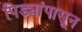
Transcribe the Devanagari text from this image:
पिड्यांपासून